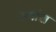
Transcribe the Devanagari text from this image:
ज्यांस